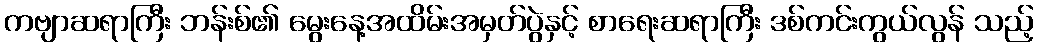
ကဗျာဆရာကြီး ဘန်းစ်၏ မွေးနေ့အထိမ်းအမှတ်ပွဲနှင့် စာရေးဆရာကြီး ဒစ်ကင်းကွယ်လွန် သည့်